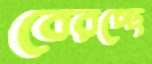
বেরচ্ছে